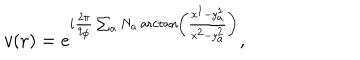
v ( { \bf r } ) = e ^ { i { \frac { 2 \pi } { q _ { \phi } } } \sum _ { a } N _ { a } \operatorname { a r c t a n } \left( \frac { x ^ { 1 } - y _ { a } ^ { 1 } } { x ^ { 2 } - y _ { a } ^ { 2 } } \right) } ,